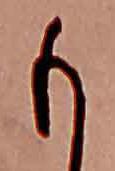
も